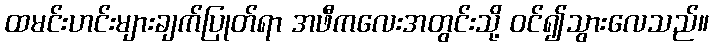
ထမင်းဟင်းများချက်ပြုတ်ရာ အဖီကလေးအတွင်းသို့ ဝင်၍သွားလေသည်။